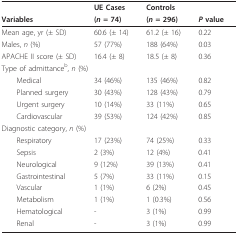
<table><thead><tr><td></td><td><b>UE Cases</b></td><td><b>Controls</b></td><td></td></tr><tr><td><b>Variables</b></td><td><b>(<i>n </i>= 74)</b></td><td><b>(<i>n </i>= 296)</b></td><td><b><i>P </i>value</b></td></tr></thead><tbody><tr><td>Mean age, yr (± SD)</td><td>60.6 (± 14)</td><td>61.2 (± 16)</td><td>0.22</td></tr><tr><td>Males, <i>n </i>(%)</td><td>57 (77%)</td><td>188 (64%)</td><td>0.03</td></tr><tr><td>APACHE II score (± SD)</td><td>16.4 (± 8)</td><td>18.5 (± 8)</td><td>0.36</td></tr><tr><td colspan="4">Type of admittance<sup>b</sup>, <i>n </i>(%)</td></tr><tr><td> Medical</td><td>34 (46%)</td><td>135 (46%)</td><td>0.82</td></tr><tr><td> Planned surgery</td><td>30 (43%)</td><td>128 (43%)</td><td>0.79</td></tr><tr><td> Urgent surgery</td><td>10 (14%)</td><td>33 (11%)</td><td>0.65</td></tr><tr><td> Cardiovascular</td><td>39 (53%)</td><td>124 (42%)</td><td>0.85</td></tr><tr><td colspan="4">Diagnostic category, <i>n </i>(%)</td></tr><tr><td> Respiratory</td><td>17 (23%)</td><td>74 (25%)</td><td>0.33</td></tr><tr><td> Sepsis</td><td>2 (3%)</td><td>12 (4%)</td><td>0.41</td></tr><tr><td> Neurological</td><td>9 (12%)</td><td>39 (13%)</td><td>0.41</td></tr><tr><td> Gastrointestinal</td><td>5 (7%)</td><td>33 (11%)</td><td>0.15</td></tr><tr><td> Vascular</td><td>1 (1%)</td><td>6 (2%)</td><td>0.45</td></tr><tr><td> Metabolism</td><td>1 (1%)</td><td>1 (0.3%)</td><td>0.56</td></tr><tr><td> Hematological</td><td>-</td><td>3 (1%)</td><td>0.99</td></tr><tr><td> Renal</td><td>-</td><td>3 (1%)</td><td>0.99</td></tr></tbody></table>